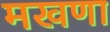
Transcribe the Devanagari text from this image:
मखणा